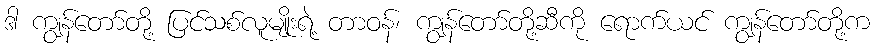
ဒါ ကျွန်တော်တို့ ပြင်သစ်လူမျိုးရဲ့ တာဝန်၊ ကျွန်တော်တို့ဆီကို ရောက်ယင် ကျွန်တော်တို့က